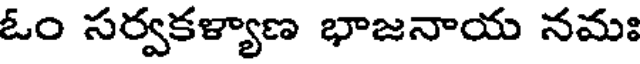
ఓం సర్వకళ్యాణ భాజనాయ నమః